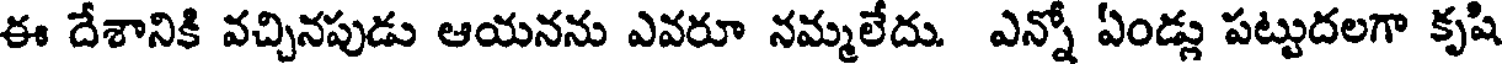
ఈ దేశానికి వచ్చినపుడు ఆయనను ఎవరూ నమ్మలేదు. ఎన్నో ఏండ్లు పట్టుదలగా కృషి